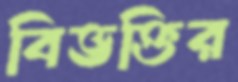
বিভক্তির